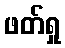
ဖတ်ရှု